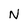
Character: N